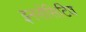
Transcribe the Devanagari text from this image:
इनसेंसिटिव